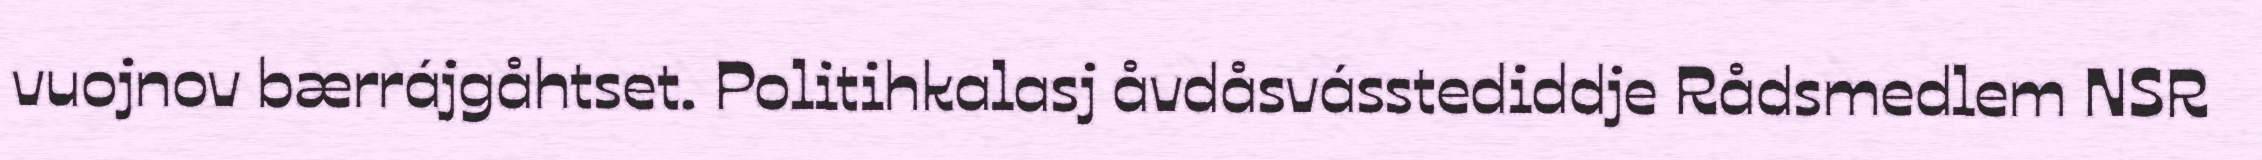
vuojnov bærrájgåhtset. Politihkalasj åvdåsvásstediddje Rådsmedlem NSR